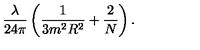
\frac { \lambda } { 2 4 \pi } \left( \frac 1 { 3 m ^ { 2 } R ^ { 2 } } + \frac 2 N \right) \mathrm { . }